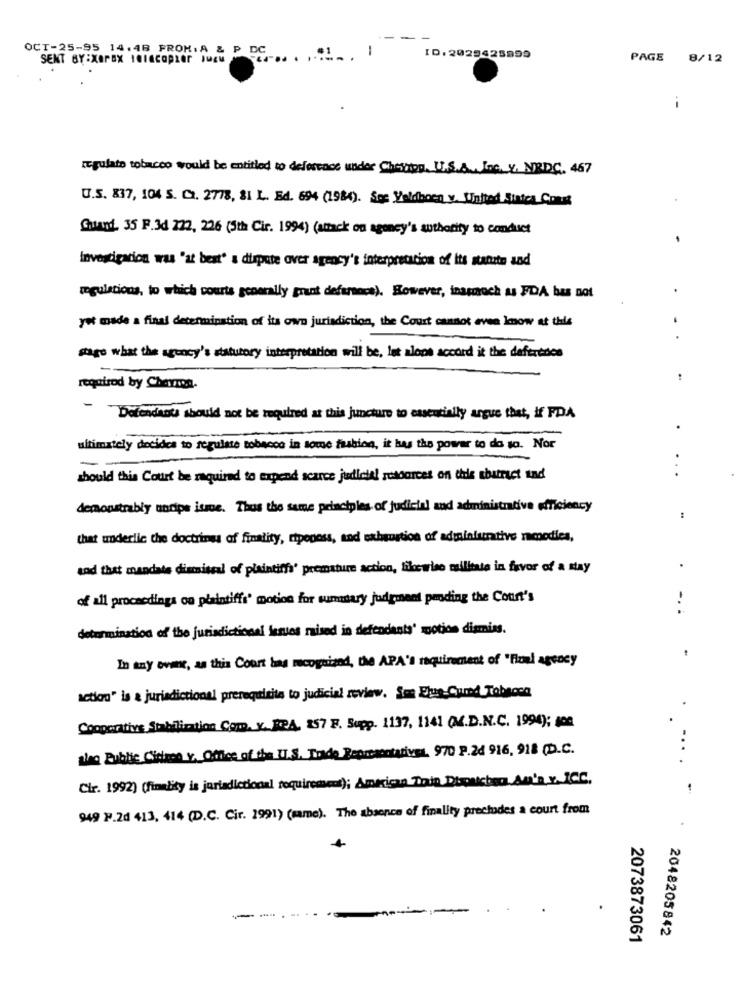
1
OCT-25-95 14:48 FROM,A & P DC ,01. .
ID. 2029425899
PAGE 8/12
--
regulate tobacco would be entitled to defervace under Chession. U.S.A. , Inc. y. NRDC. 467
U.S. 837, 104 S. Co. 2778, 81 L. Ed. 694 (1984). Soc Veldhoen v. United Sinica Court
Quand. 35 F.3d 222, 226 (5th Cir. 1994) (attack on agency's authority to conduct
Investigation was "at best" a dispute over agency's interpretation of its stante and
regulations, to which courts generally grant defrance). However, inasoch us FDA bas not
yet made a final determination of its own jurisdiction, the Court cannot even know at this
stage what the agency's statutory interpretation will be, let alone accord it the deftredes
required by Charmea.
- Defendants should not be required at this juncture to essentially argue that, if FDA
ultimately decides to regulate tobacco in love fashion, it has the power to do so. Nor
-
should this Court be required to expend scarce judicial resources on the shatract und
demonstrably undps jsme. Thus the same principles of judicial and administrative efficiency
that underlic the doctrines of finality, tipoposs, and exhaustion of adminfurtive noodles,
and that mandate dismissal of plaintiffs' premature action, likewise militate in favor of a stay
of all proceedings ou plaintiffs' motion for summary judgment pending the Court's
-..
determination of the jurisdictional lentes raised in defendants' motion dismiss.
In any over, as this Court bas recognized, the APA's requirement of "Fioul agency
action" is a jurisdictional prerequisite to judicial review. See Elus-Cured Tobacco
Cooperative Stabilization Com. x. FRA, 157 F. Supp. 1137, 1141 (V.D.N.C. 1994); 100
Ring Public Cidaen r. Office of the IT.S. Trade Representatives. 970 P.24 916, 918 (D.C.
...
Cir. 1992) (finality is jurisdictional requirement); American Todo Dispatched.An'a.v. ICC.
949 F.2d 413, 414 (D.C. Cir. 1991) (same). The absence of finality prechades a court from
-
2048205842
2073873061